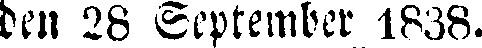
den 28 September 1838.